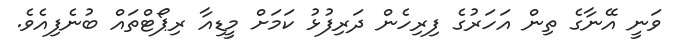
ވަނީ އޭނާގެ ތިން އަހަރުގެ ފިރިހެން ދަރިފުޅު ކަމަށް މީޑިއާ ރިޕޯޓްތައް ބުނެފިއެވެ.